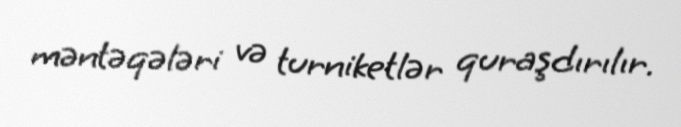
məntəqələri və turniketlər quraşdırılır.